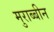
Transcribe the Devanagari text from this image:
मुराब्बीन